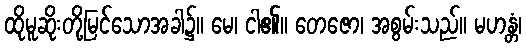
ထိုမူဆိုးတို့မြင်သောအခါ၌။ မေ၊ ငါ၏။ တေဇော၊ အစွမ်းသည်။ မဟန္တံ၊